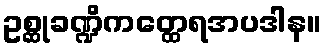
ဥစ္ဆုခဏ္ဍိကတ္ထေရအပဒါန။